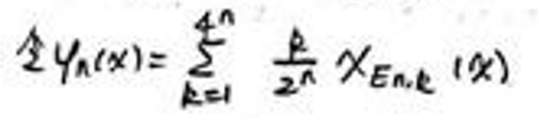
令$ \varphi_n(x)=\sum_{k = 1}^{4^n}\frac{k}{2^n}\chi_{E_{n,k}}(x)$